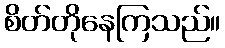
စိတ်တိုနေကြသည်။